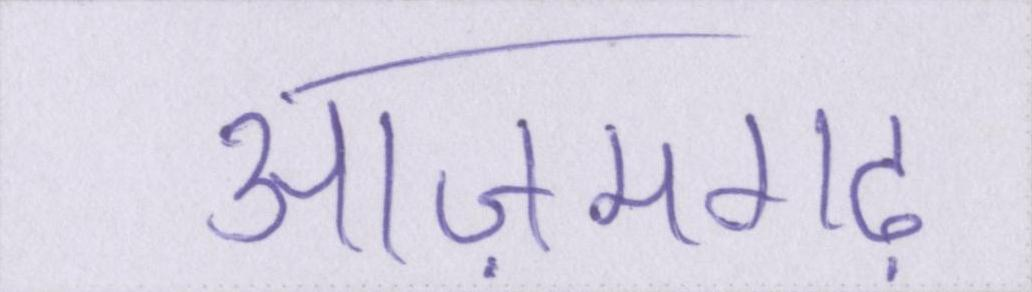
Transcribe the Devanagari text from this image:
आज़मगढ़